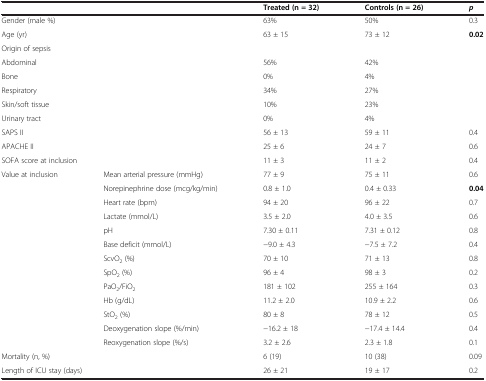
<table><thead><tr><td colspan="2"><b> </b></td><td><b>Treated (n = 32)</b></td><td><b>Controls (n = 26)</b></td><td><b><i>p</i></b></td></tr></thead><tbody><tr><td colspan="2">Gender (male %)</td><td>63%</td><td>50%</td><td>0.3</td></tr><tr><td colspan="2">Age (yr)</td><td>63 ± 15</td><td>73 ± 12</td><td><b>0.02</b></td></tr><tr><td colspan="2">Origin of sepsis</td><td> </td><td> </td><td> </td></tr><tr><td colspan="2">Abdominal</td><td>56%</td><td>42%</td><td> </td></tr><tr><td colspan="2">Bone</td><td>0%</td><td>4%</td><td> </td></tr><tr><td colspan="2">Respiratory</td><td>34%</td><td>27%</td><td> </td></tr><tr><td colspan="2">Skin/soft tissue</td><td>10%</td><td>23%</td><td> </td></tr><tr><td colspan="2">Urinary tract</td><td>0%</td><td>4%</td><td> </td></tr><tr><td colspan="2">SAPS II</td><td>56 ± 13</td><td>59 ± 11</td><td>0.4</td></tr><tr><td colspan="2">APACHE II</td><td>25 ± 6</td><td>24 ± 7</td><td>0.6</td></tr><tr><td colspan="2">SOFA score at inclusion</td><td>11 ± 3</td><td>11 ± 2</td><td>0.4</td></tr><tr><td>Value at inclusion</td><td>Mean arterial pressure (mmHg)</td><td>77 ± 9</td><td>75 ± 11</td><td>0.6</td></tr><tr><td> </td><td>Norepinephrine dose (mcg/kg/min)</td><td>0.8 ± 1.0</td><td>0.4 ± 0.33</td><td><b>0.04</b></td></tr><tr><td> </td><td>Heart rate (bpm)</td><td>94 ± 20</td><td>96 ± 22</td><td>0.7</td></tr><tr><td> </td><td>Lactate (mmol/L)</td><td>3.5 ± 2.0</td><td>4.0 ± 3.5</td><td>0.6</td></tr><tr><td> </td><td>pH</td><td>7.30 ± 0.11</td><td>7.31 ± 0.12</td><td>0.8</td></tr><tr><td> </td><td>Base deficit (mmol/L)</td><td>−9.0 ± 4.3</td><td>−7.5 ± 7.2</td><td>0.4</td></tr><tr><td> </td><td>ScvO<sub>2</sub> (%)</td><td>70 ± 10</td><td>71 ± 13</td><td>0.8</td></tr><tr><td> </td><td>SpO<sub>2</sub> (%)</td><td>96 ± 4</td><td>98 ± 3</td><td>0.2</td></tr><tr><td> </td><td>PaO<sub>2</sub>/FiO<sub>2</sub></td><td>181 ± 102</td><td>255 ± 164</td><td>0.3</td></tr><tr><td> </td><td>Hb (g/dL)</td><td>11.2 ± 2.0</td><td>10.9 ± 2.2</td><td>0.6</td></tr><tr><td> </td><td>StO<sub>2</sub> (%)</td><td>80 ± 8</td><td>78 ± 12</td><td>0.5</td></tr><tr><td> </td><td>Deoxygenation slope (%/min)</td><td>−16.2 ± 18</td><td>−17.4 ± 14.4</td><td>0.4</td></tr><tr><td> </td><td>Reoxygenation slope (%/s)</td><td>3.2 ± 2.6</td><td>2.3 ± 1.8</td><td>0.1</td></tr><tr><td colspan="2">Mortality (n, %)</td><td>6 (19)</td><td>10 (38)</td><td>0.09</td></tr><tr><td colspan="2">Length of ICU stay (days)</td><td>26 ± 21</td><td>19 ± 17</td><td>0.2</td></tr></tbody></table>